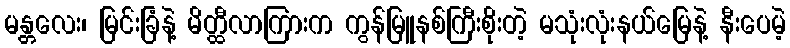
မန္တလေး၊ မြင်းခြံနဲ့ မိတ္ထီလာကြားက ကွန်မြူနစ်ကြီးစိုးတဲ့ မသုံးလုံးနယ်မြေနဲ့ နီးပေမဲ့